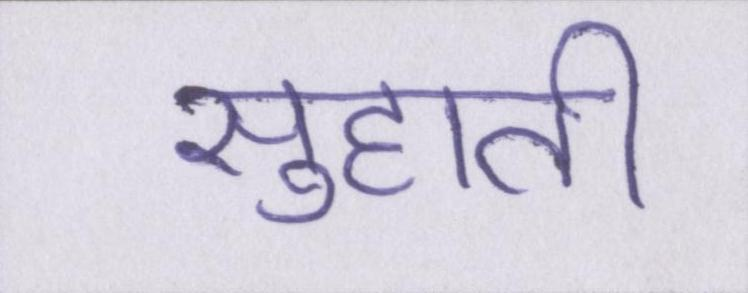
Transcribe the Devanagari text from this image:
सुहाती